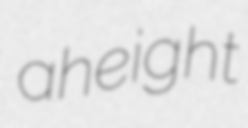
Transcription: a height